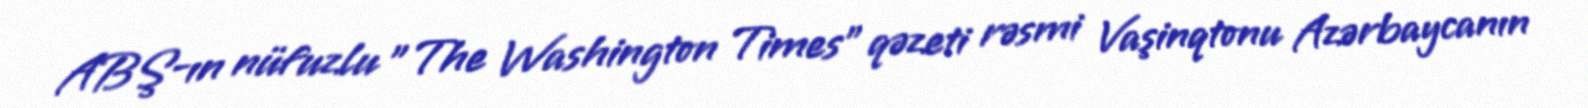
ABŞ-ın nüfuzlu "The Washington Times" qəzeti rəsmi Vaşinqtonu Azərbaycanın